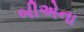
બીએના